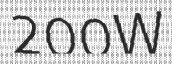
200W